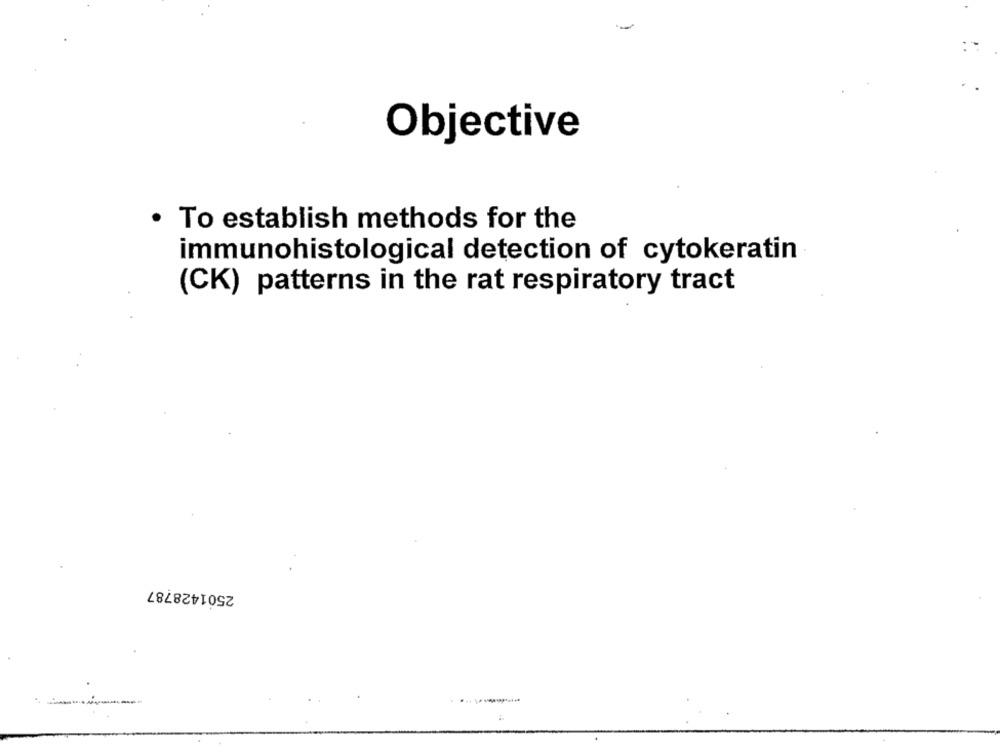
Objective
To establish methods for the
immunohistological detection of cytokeratin
(CK) patterns in the rat respiratory tract
2501428787